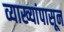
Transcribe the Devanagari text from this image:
व्याख्यांपासून